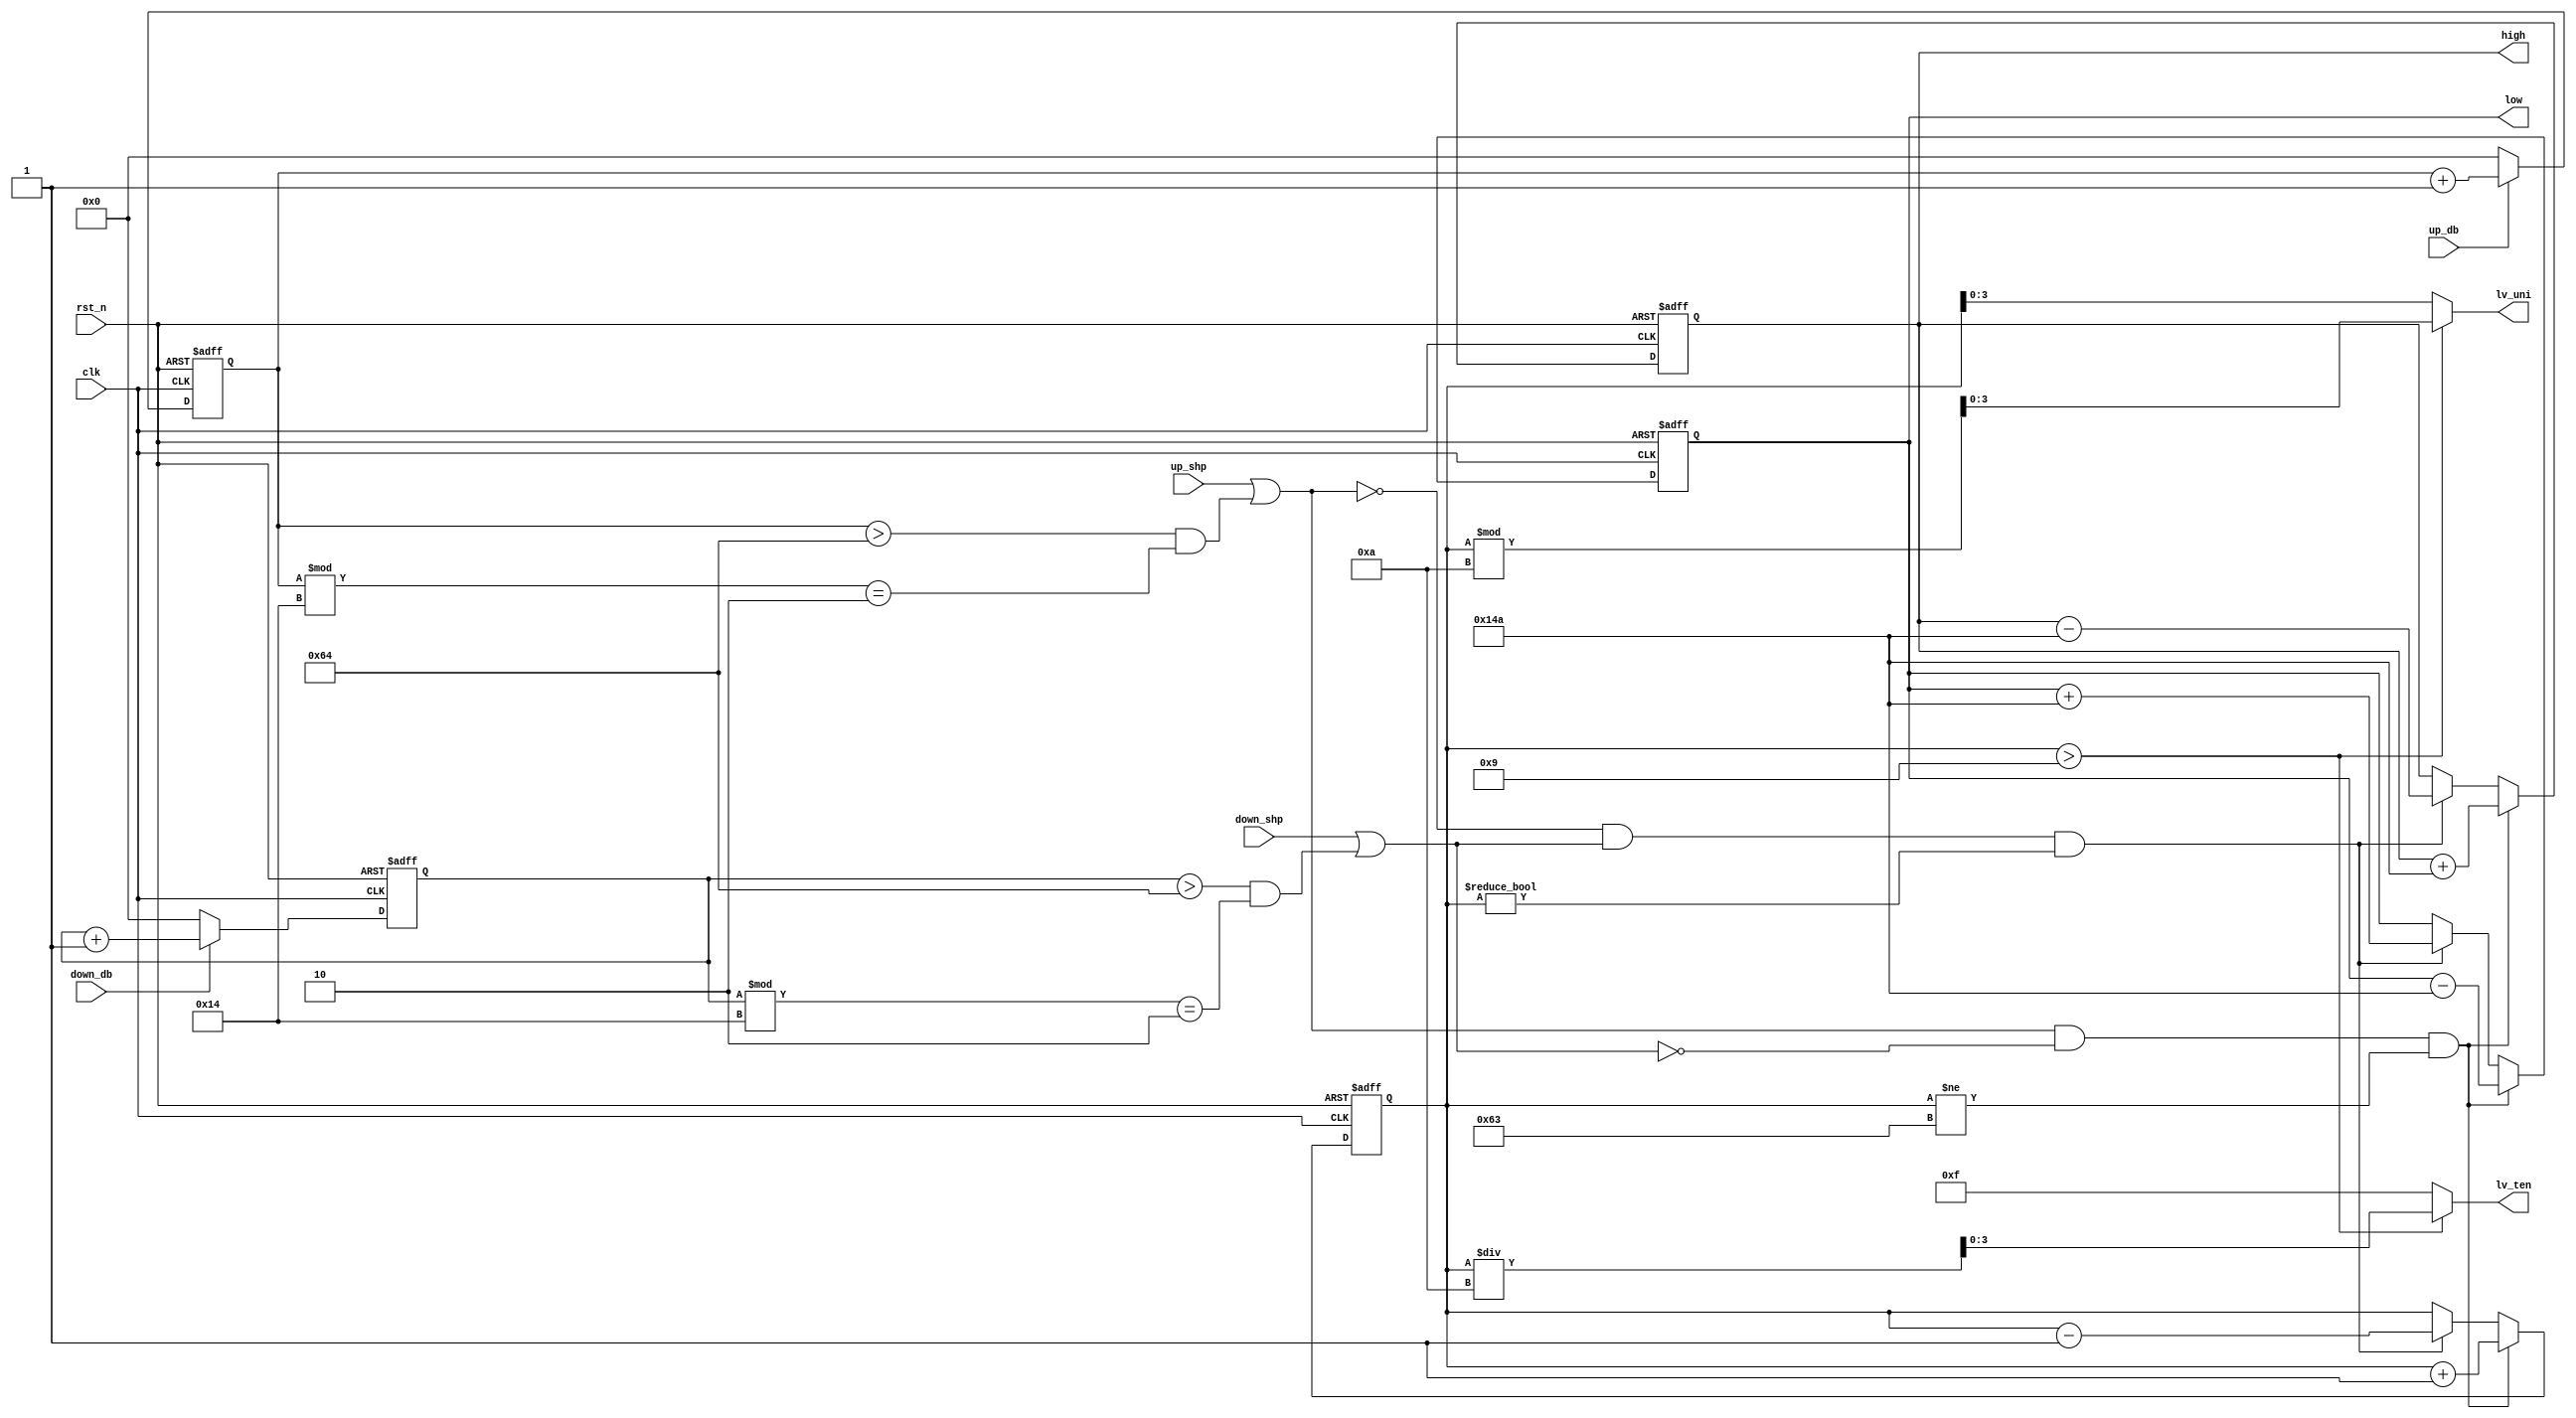
`timescale 1ns / 1ps
//////////////////////////////////////////////////////////////////////////////////
// Company: 
// Engineer: 
// 
// Design Name: 
// Module Name: volume_ctl
// Project Name: 
// Target Devices: 
// Tool Versions: 
// Description: 
// 
// Dependencies: 
// 
// Revision:
// Revision 0.01 - File Created
// Additional Comments:
// 
//////////////////////////////////////////////////////////////////////////////////


module volume_ctl ( /*input*/clk, rst_n,
    /*button*/ up_shp, down_shp, up_db, down_db,
    /*output*/ high, low, lv_ten, lv_uni );

    input clk, rst_n;
    input up_shp, down_shp, up_db, down_db;

    output reg [15:0] high, low;
    output reg [3:0] lv_ten, lv_uni;

    reg [11:0] up_press_cnt, down_press_cnt;
    reg [11:0] next_up_press_cnt, next_down_press_cnt;

    wire up_fast, down_fast;
    assign up_fast = ( up_press_cnt > 100 ) && ( up_press_cnt % 20 == 2 );
    assign down_fast = ( down_press_cnt > 100 ) && ( down_press_cnt % 20 == 2 );

    wire add, sub;
    assign add = up_shp || up_fast;
    assign sub = down_shp || down_fast;

    reg [6:0] level, level_next;
    reg [15:0] high_next, low_next;

    //-------------------------up_fast-----down_fast----------------------------------------------------------
    //combinational logic
    always@*
    begin
        if( up_db )
            begin
                next_up_press_cnt = up_press_cnt + 1;
            end
        else
            begin
                next_up_press_cnt = 0;
            end
        if( down_db )
            begin
                next_down_press_cnt = down_press_cnt + 1;
            end
        else
            begin
                next_down_press_cnt = 0 ;
            end
    end

    //sequential logic
    always @( posedge clk or negedge rst_n )
    begin
        if ( ~rst_n )
            begin
                up_press_cnt = 0;
                down_press_cnt = 0;
            end
        else
            begin
                up_press_cnt = next_up_press_cnt;
                down_press_cnt = next_down_press_cnt;
            end
    end

    //-------------------------------------------------level counter---------------------------------------------
    //combinational logic
    always @*
    if ( ( add == 1'b1 ) && ( sub == 1'b0 ) && ( level != 7'd99 ) )
        begin
            high_next = high + 16'd330;
            low_next = low - 16'd330;
            level_next = level + 1'b1;
        end
    else if ( ( add == 1'b0 ) && ( sub == 1'b1 ) && ( level != 7'd0 ) )
        begin
            high_next = high - 16'd330;
            low_next = low + 16'd330;
            level_next = level - 1'b1;
        end
    else
        begin
            high_next = high;
            low_next = low;
            level_next = level;
        end

        //sequential logic
    always @( posedge clk or negedge rst_n )
    if ( ~rst_n )
        begin
            high = 16'h0000;
            low = 16'hFFFF;
            level = 4'd0;
        end
    else
        begin
            high = high_next;
            low = low_next;
            level = level_next;
        end
        //---------------------------convert binary into BCD-------------------------
    always@*
    begin
        if( level > 4'd9 )
            begin
                lv_ten = level / 10;
                lv_uni = level % 10;
            end
        else
            begin
                lv_ten = 4'b1111; //dark
                lv_uni = level;
            end
    end


endmodule